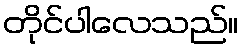
တိုင်ပါလေသည်။